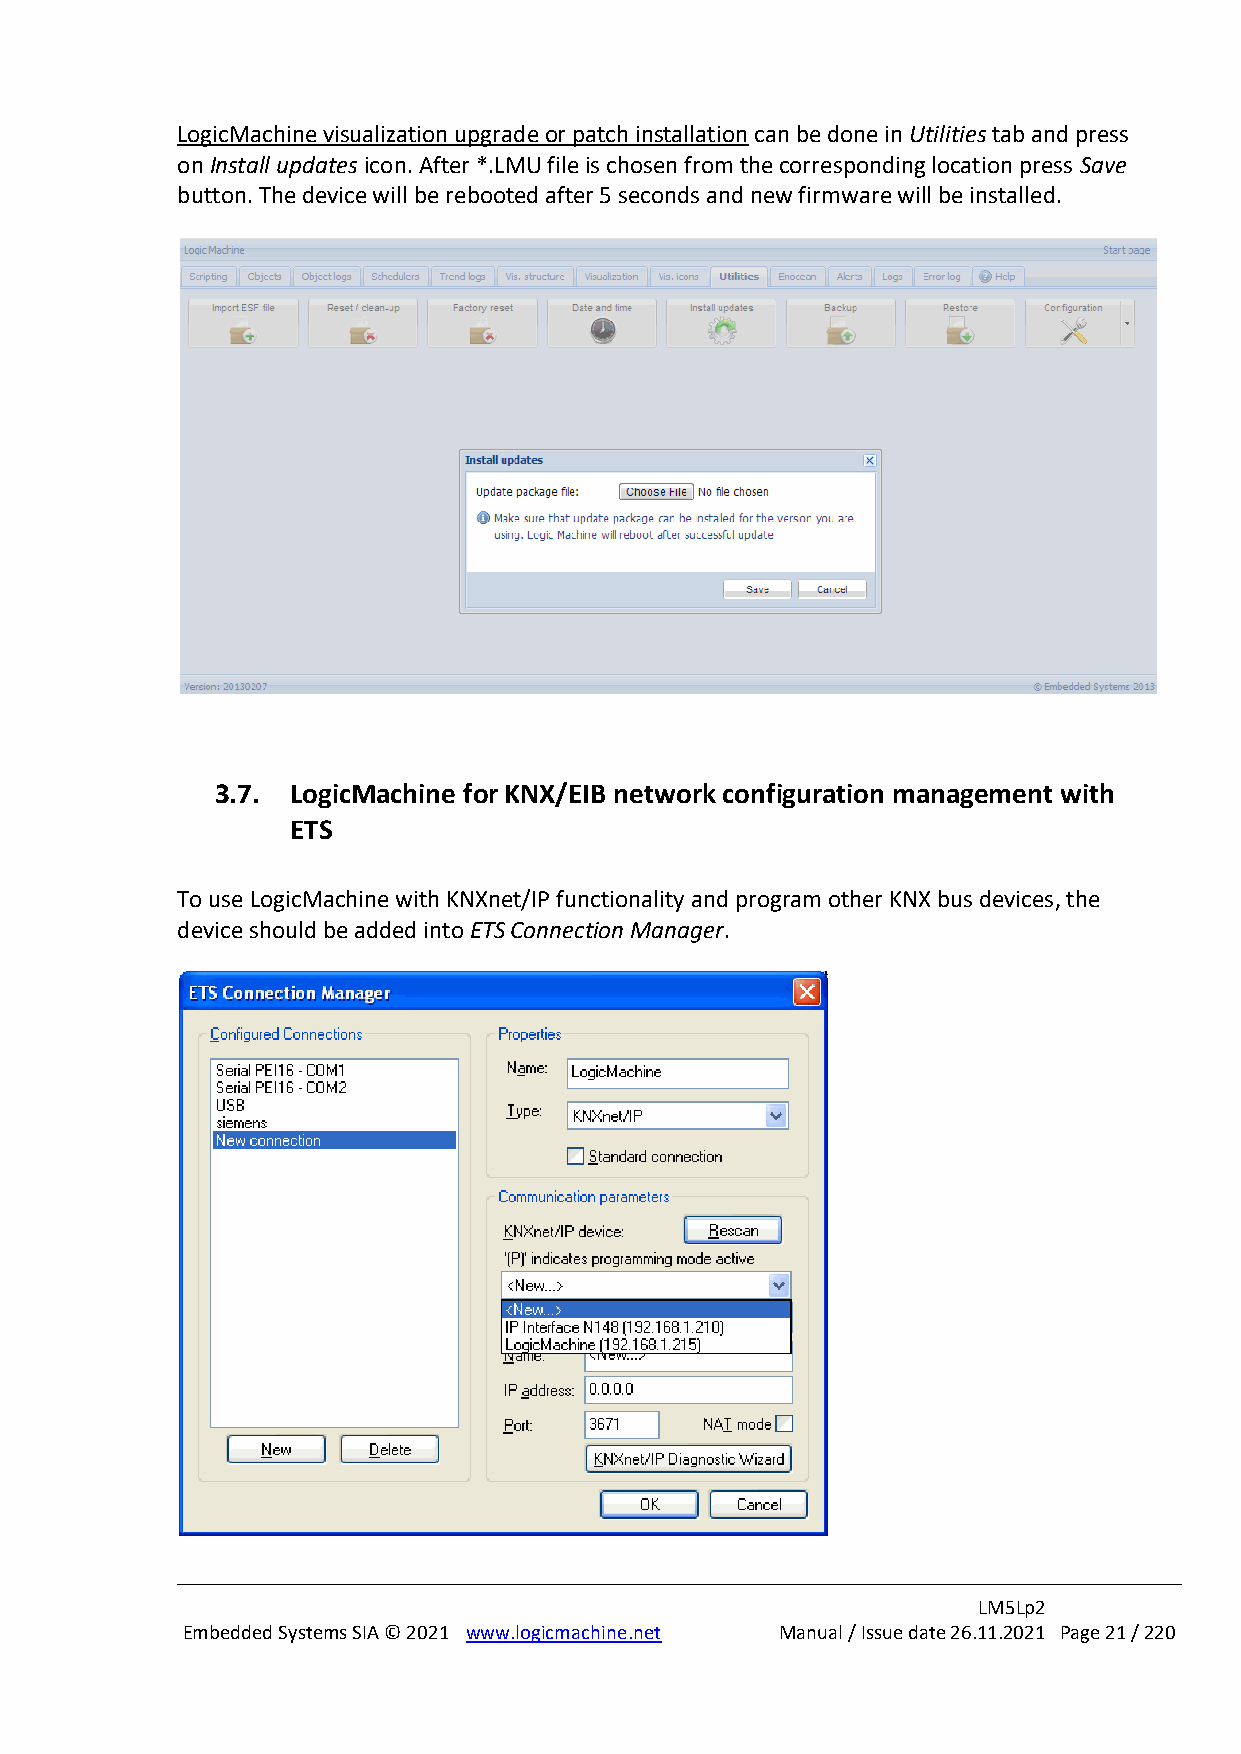
LogicMachine visualization upgrade or patch installation can be done in Utilities tab and press
 on Install updates icon. After *.LMU file is chosen from the corresponding location press Save
 button. The device will be rebooted after 5 seconds and new firmware will be installed.
 3.7. LogicMachine for KNX/EIB network configuration management with
 ETS
 To use LogicMachine with KNXnet/IP functionality and program other KNX bus devices, the
 device should be added into ETS Connection Manager.
 LM5Lp2
 Embedded Systems SIA © 2021 www.logicmachine.net Manual / Issue date 26.11.2021 Page 21 / 220